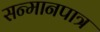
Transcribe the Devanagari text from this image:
सन्‍मानपात्र